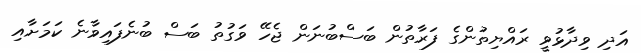
އަދި ވިދާޅުވީ ރައްޔިތުންގެ ފަރާތުން ބަސްބުނަން ޖެހޭ ވަގުތު ބަސް ބުނެފައިވާނެ ކަމަށާއި